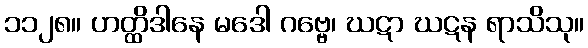
၁၁၂၈။ ဟတ္ထိဒါနေ မဒေါ ဂဗ္ဗေ၊ ဃဋာ ဃဋန ရာသိသု။